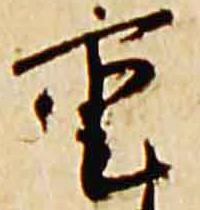
重